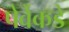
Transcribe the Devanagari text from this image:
पेर्वेकडे